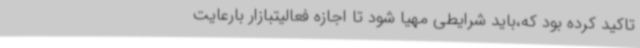
تاکید کرده بود که،باید شرایطی مهیا شود تا اجازه فعالیتبازار بارعایت